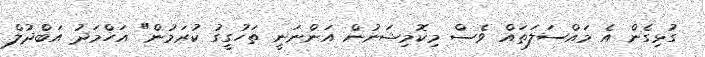
ގުޅިގެން އެ މައްސަލަތައް ވެސް މިކޮމިޝަނުން އަންނަނީ ތަހުގީގު ކުރަމުން" އަހްމަދު އަބްދުލް